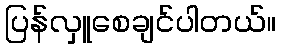
ပြန်လှူစေချင်ပါတယ်။